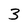
Character: 3